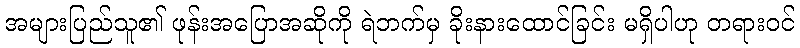
အများပြည်သူ၏ ဖုန်းအပြောအဆိုကို ရဲဘက်မှ ခိုးနားထောင်ခြင်း မရှိပါဟု တရားဝင်